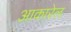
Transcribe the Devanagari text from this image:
आकारेल